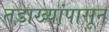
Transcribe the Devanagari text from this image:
तडाख्यांपासून